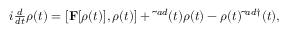
\begin{array} { r } { i \frac { d } { d t } \rho ( t ) = [ { \bf F } [ \rho ( t ) ] , \rho ( t ) ] + \tilde { \bf \Sigma } ^ { a d } ( t ) \rho ( t ) - \rho ( t ) \tilde { \bf \Sigma } ^ { a d \dag } ( t ) , } \end{array}